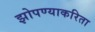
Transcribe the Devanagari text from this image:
झोपण्याकरिता